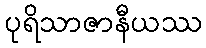
ပုရိသာဇာနီယဿ